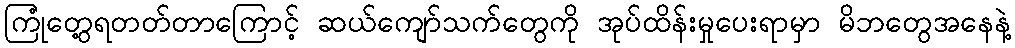
ကြုံတွေ့ရတတ်တာကြောင့် ဆယ်ကျော်သက်တွေကို အုပ်ထိန်းမှုပေးရာမှာ မိဘတွေအနေနဲ့